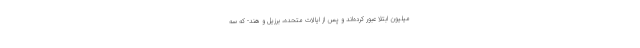
میلیون ابتلا عبور کرده‌اند و پس از ایالات متحده، برزیل و هند- که سه